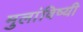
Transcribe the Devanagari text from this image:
मुलांविष्यी